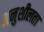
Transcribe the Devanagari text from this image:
अनुशीलता